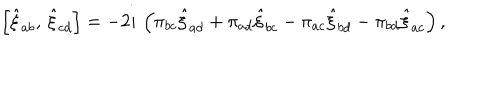
LaTeX: \left[ \hat { \xi } _ { a b } , \, \hat { \xi } _ { c d } \right] = - 2 i \, \left( \pi _ { b c } \hat { \xi } _ { a d } + \pi _ { a d } \hat { \xi } _ { b c } - \pi _ { a c } \hat { \xi } _ { b d } - \pi _ { b d } \hat { \xi } _ { a c } \right) ,